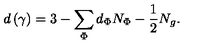
d \left( \gamma \right) = 3 - \sum _ { \Phi } d _ { \Phi } N _ { \Phi } - \frac 1 2 N _ { g } .